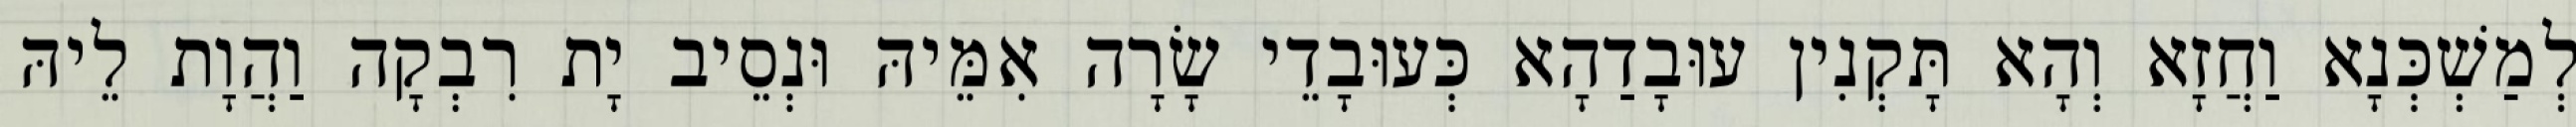
לְמַשְׁכְּנָא וַחֲזָא וְהָא תָּקְנִין עוּבָדַהָא כְּעוּבָדֵי שָׂרָה אִמֵּיהּ וּנְסֵיב יָת רִבְקָה וַהֲוָת לֵיהּ